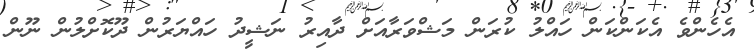
އެހެންވެ އެކަންކަން ހައްލު ކުރަން މަޝްވަރާއަށް ދާއިރު ނަޝީދު ހައްޔަރުން ދޫކޮށްލުން ނޫން